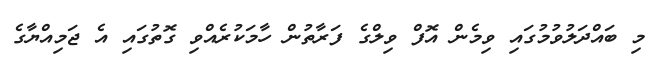
މި ބައްދަލުވުމުގައި ވިމެން އޮފް ވިލްގެ ފަރާތުން ހާމަކުރެއްވި ގޮތުގައި އެ ޖަމިއްޔާގެ